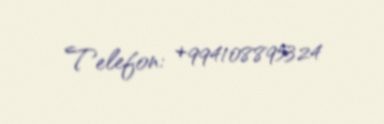
Telefon: +994108895324